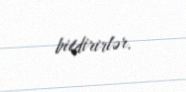
bildirirlər.